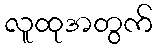
လူထုအတွက်